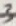
Text: 3